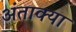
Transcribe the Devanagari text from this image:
अंताक्या